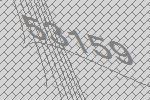
53159